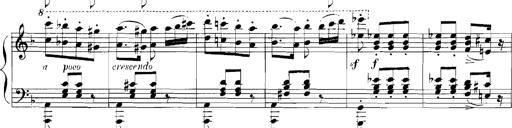
Title: Rhapsodies hongroises
Composer: Franz Liszt